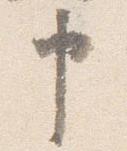
申